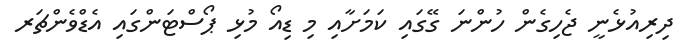
ދިރިއުޅެނީ ޖެހިގެން ހުންނަ ގޭގައި ކަމަށާއި މި ޑިއޯ މުޅި ޕޯސްޓަންގައި އެޑްވެންޗަރ